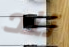
تلد